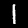
Label: 1